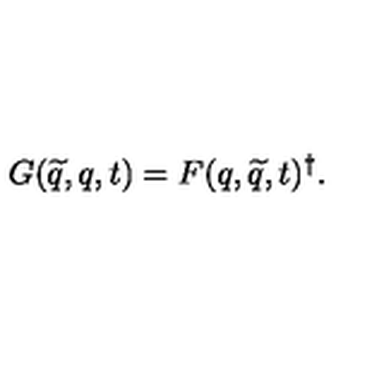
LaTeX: G ( \widetilde { q } , q , t ) = F ( q , \widetilde { q } , t ) ^ { \dagger } .